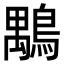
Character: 𪃍